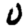
Digit: 0